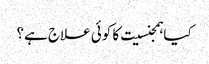
کیا ہمجنسیت کا کوئی علاج ہے؟